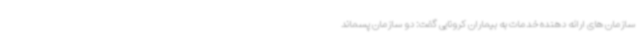
سازمان های ارائه دهنده خدمات به بیماران کرونایی گفت: دو سازمان پسماند